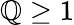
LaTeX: \mathbb{Q}\geq1